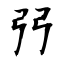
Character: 弜